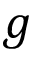
g